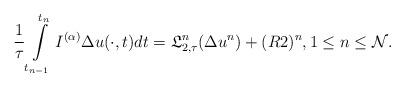
\begin{align*} \frac{1}{\tau}\int\limits_{t_{n-1}}^{t_{n}}I^{(\alpha)}\Delta u(\cdot,t)dt= \mathfrak{L}_{2,\tau}^{n}(\Delta u^{n})+(R2)^{n}, 1\leq n \leq \mathcal{N}. \end{align*}